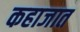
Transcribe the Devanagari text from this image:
कहाजात